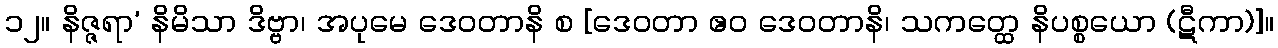
၁၂။ နိဇ္ဇရာ’ နိမိသာ ဒိဗ္ဗာ၊ အပုမေ ဒေဝတာနိ စ [ဒေဝတာ ဧဝ ဒေဝတာနိ၊ သကတ္ထေ နိပစ္စယော (ဋီကာ)]။